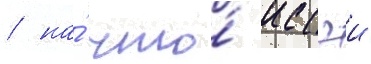
/ на́ что́ иссэи